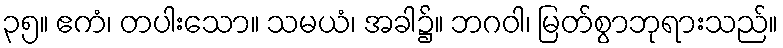
၃၅။ ဧကံ၊ တပါးသော။ သမယံ၊ အခါ၌။ ဘဂဝါ၊ မြတ်စွာဘုရားသည်။